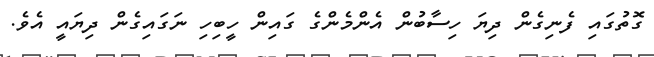
ގޮތުގައި ފެނިގެން ދިޔަ ހިސާބުން އެންމެންގެ ގައިން ހީބިހި ނަގައިގެން ދިޔައީ އެވެ.